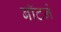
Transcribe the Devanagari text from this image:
बॉटने